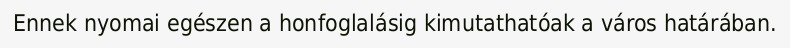
Ennek nyomai egészen a honfoglalásig kimutathatóak a város határában.